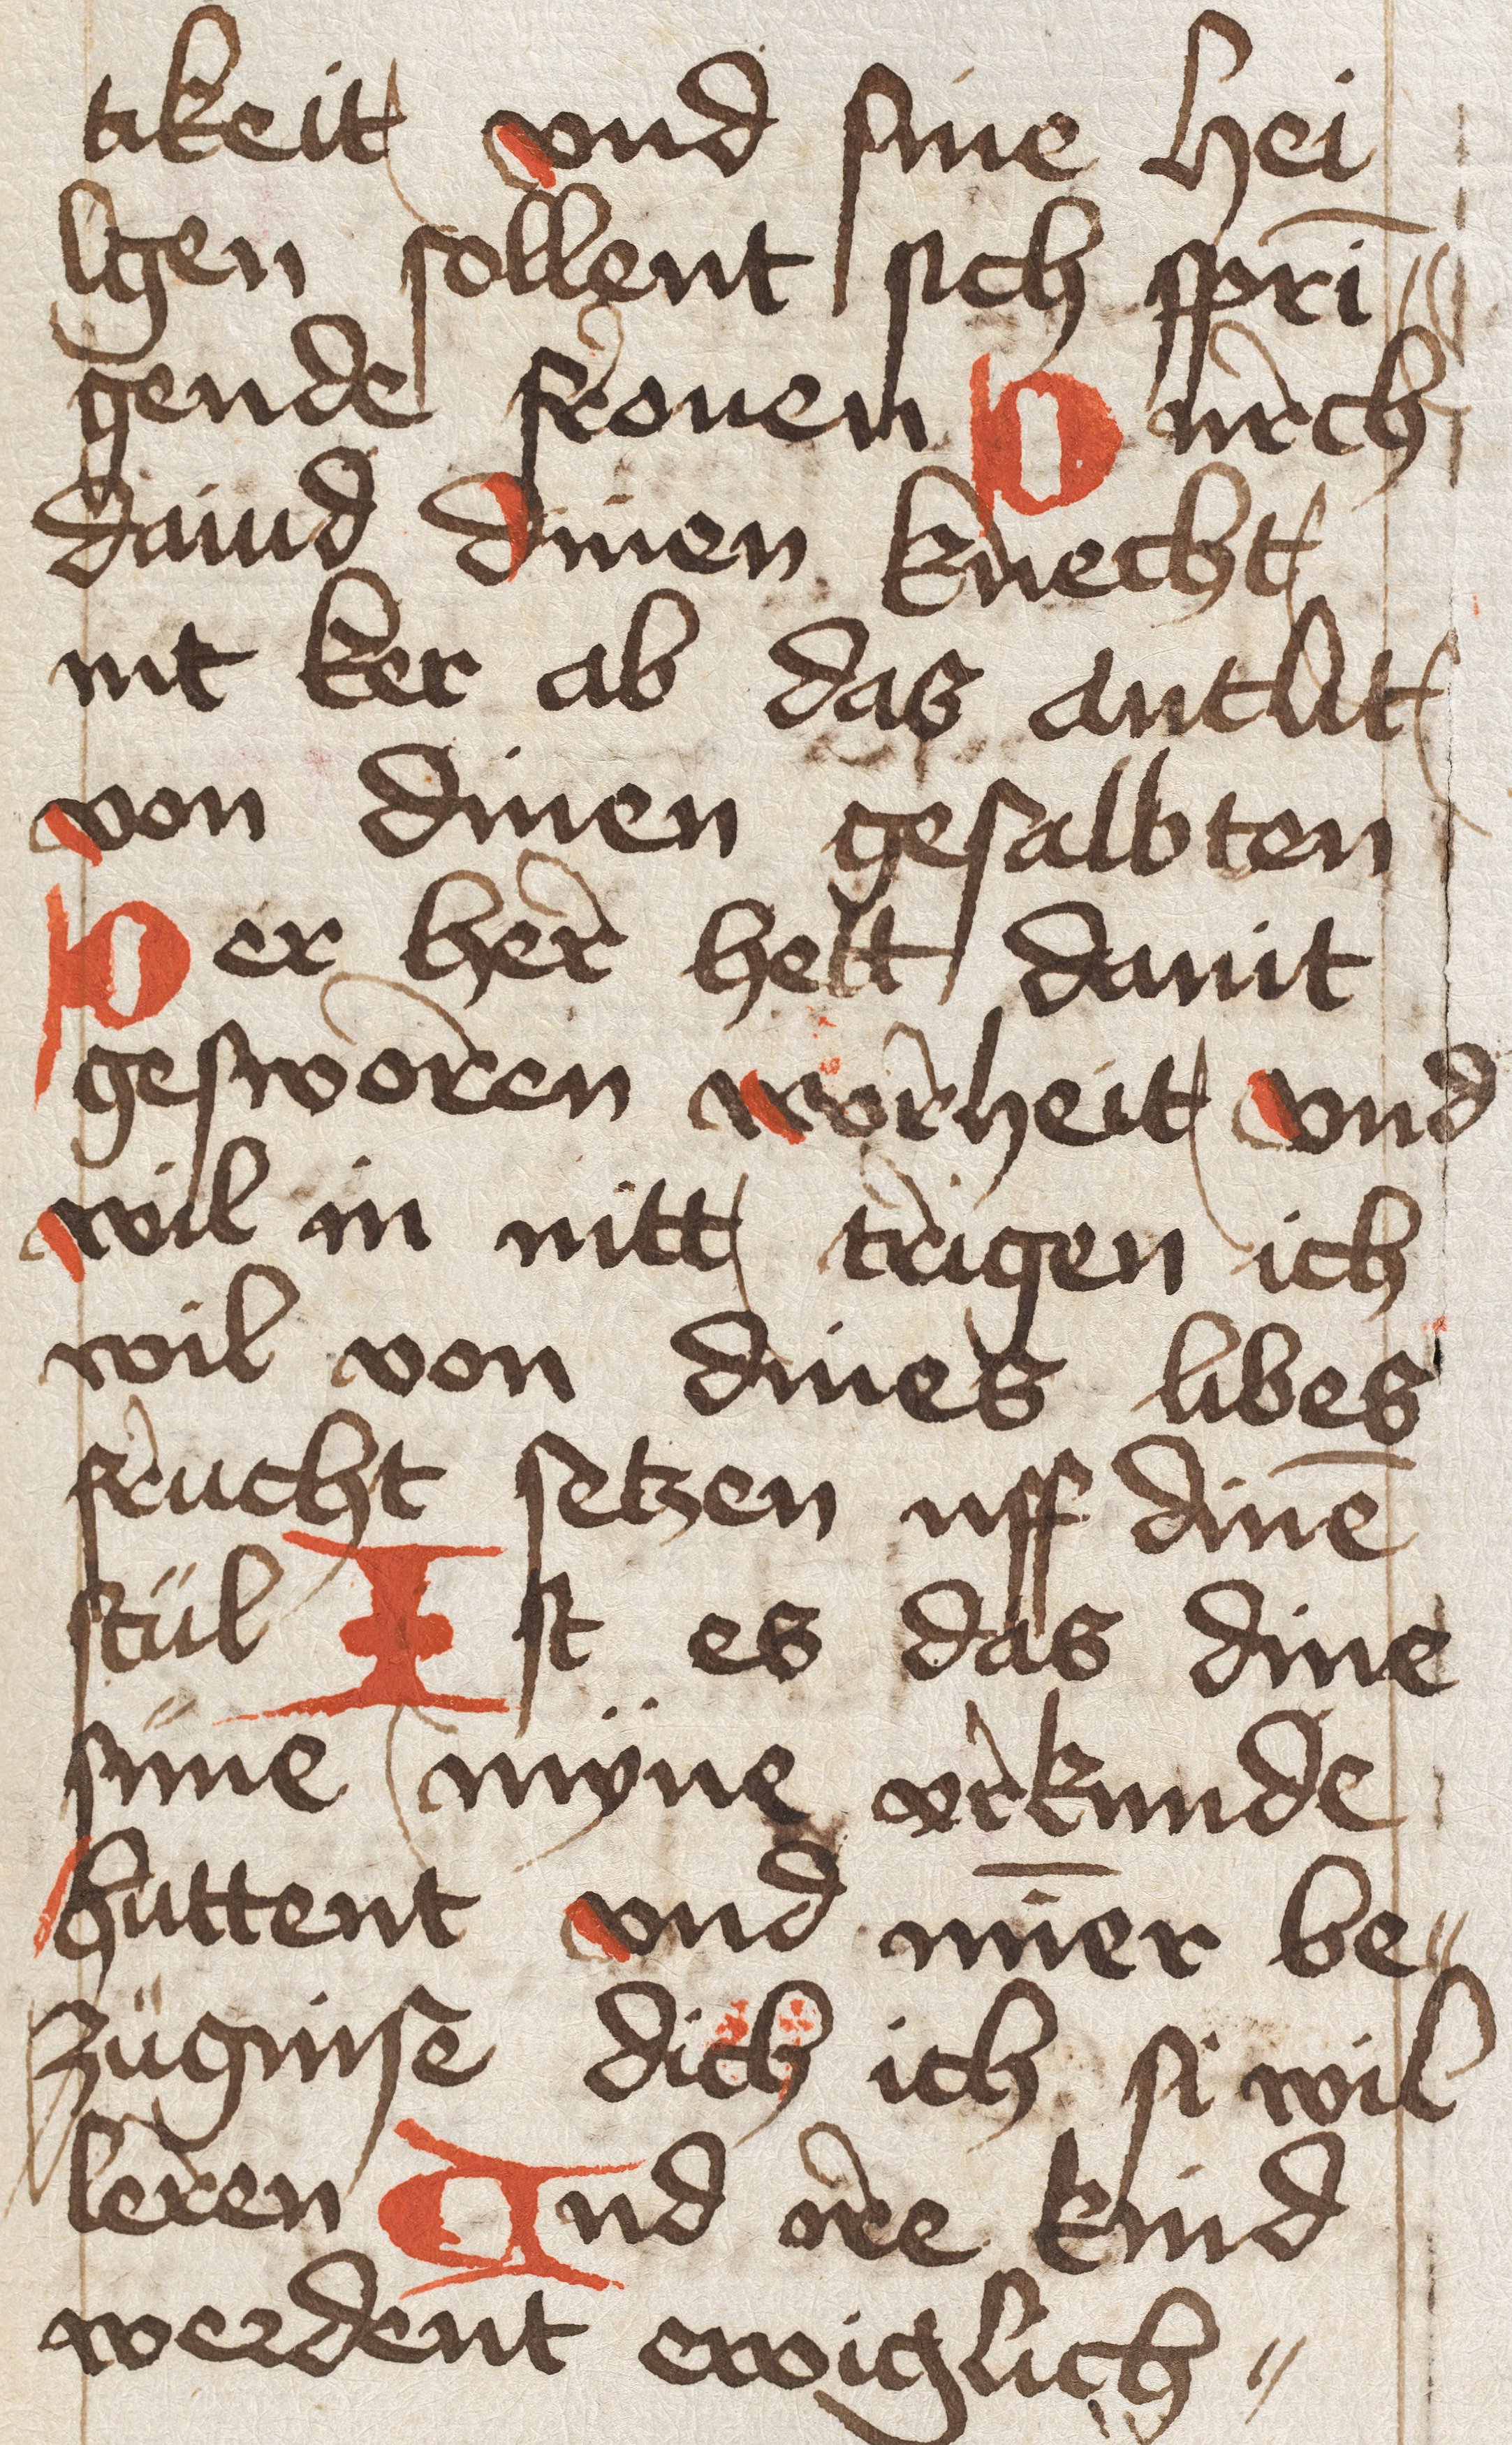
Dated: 1450–1499